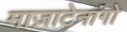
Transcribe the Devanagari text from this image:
माज़ाटेनांगो